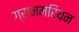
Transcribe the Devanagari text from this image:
ग्राममरियन